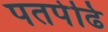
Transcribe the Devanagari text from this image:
पतपेढि